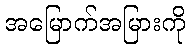
အမြောက်အမြားကို